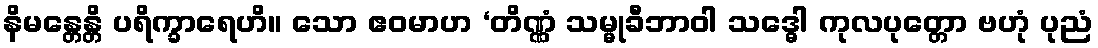
နိမန္တေန္တိ ပရိက္ခာရေဟိ။ သော ဧဝမာဟ ‘တိဏ္ဏံ သမ္မုခီဘာဝါ သဒ္ဓေါ ကုလပုတ္တော ဗဟုံ ပုညံ